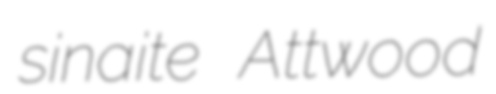
sinaite Attwood